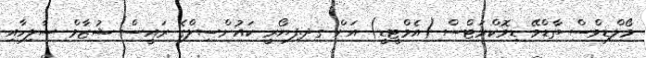
މޯލްޑިވްސް ތާޑްވޭ ޑިމޮކްރަޓްސް (އެމްޓީޑީ) އަށް ގދ.ފިޔޯރީ ކައުންސިލްގެ ރައީސް ޝުޒާމް ޞާލިހާއި